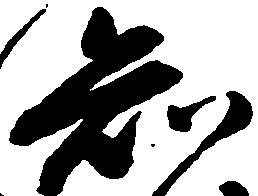
知